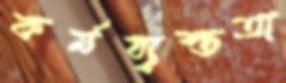
কর্মব্যস্ততা